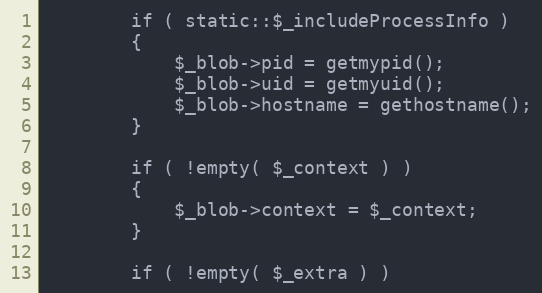
Language: PHP
        if ( static::$_includeProcessInfo )
        {
            $_blob->pid = getmypid();
            $_blob->uid = getmyuid();
            $_blob->hostname = gethostname();
        }

        if ( !empty( $_context ) )
        {
            $_blob->context = $_context;
        }

        if ( !empty( $_extra ) )